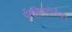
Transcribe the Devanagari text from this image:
पॅनक्रिएटॉलॉजी